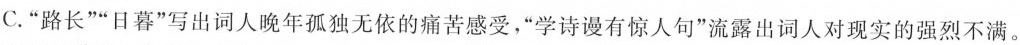
C.”路长””日暮”写出词人晚年孤独无依的痛苦感受，”学诗谩有惊人句”流露出词人对现实的强烈不满。